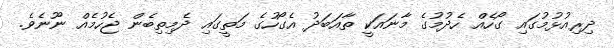
ދިރިއުޅުމުގައި ގޯހެއް ހެދުމުގެ މާނައަކީ ތާއަބަދު އެގޯހުގެ މަތީގައި ދެމިތިބެން ޖެހުމެއް ނޫނެވެ.